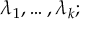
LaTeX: \lambda _ { 1 } , \dots , \lambda _ { k } ;